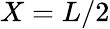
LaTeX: X=L/2